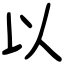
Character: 以